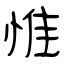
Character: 惟